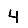
Digit: 4